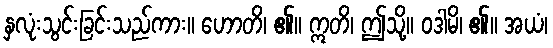
နှလုံးသွင်းခြင်းသည်ကား။ ဟောတိ၊ ၏။ ဣတိ၊ ဤသို့။ ဝဒါမိ၊ ၏။ အယံ၊